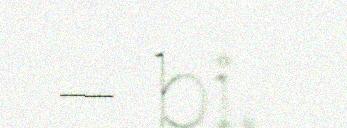
– bi,